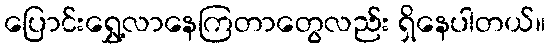
ပြောင်းရွှေ့လာနေကြတာတွေလည်း ရှိနေပါတယ်။